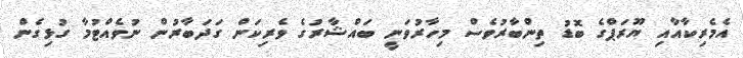
އެމެރިކާއާއި ޔޫރަޕްގެ ބޮޑު ތިންބާރުވެސް މިހާރުވަނީ ބައްޝާރުގެ ވެރިކަން ގަދަބާރުން ނުވެއްޓުމާ ގުޅިގެން